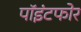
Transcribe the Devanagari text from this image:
पॉइंटफोर